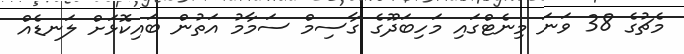
މެޗުގެ 38 ވަނަ މިނެޓްގައި މަހިބަދޫގެ ގާސިމް ސަމާމު އަތުން ބައިކޮޅަށް ލަނޑެއް